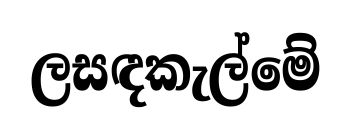
ලසඳකැල්මේ